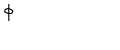
\Phi